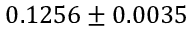
0 . 1 2 5 6 \pm 0 . 0 0 3 5